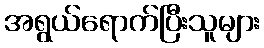
အရွယ်ရောက်ပြီးသူများ